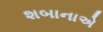
શબાનાએ